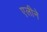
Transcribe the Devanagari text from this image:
एलीने